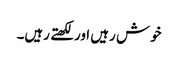
خوش رہیں اور لکھتے رہیں۔